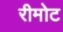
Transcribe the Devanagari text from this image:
रीमोट